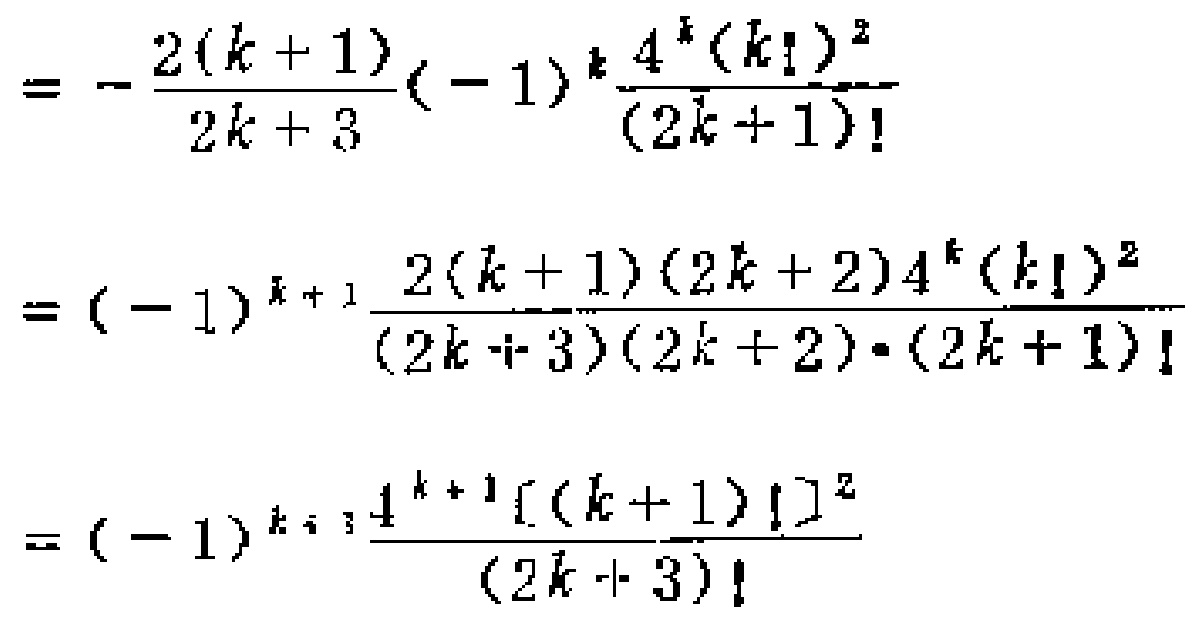
\[

\begin{align*}

&=-\frac{2(k + 1)}{2k+3}(-1)^{k}\frac{4^{k}(k!)^{2}}{(2k + 1)!}\\

&=(-1)^{k + 1}\frac{2(k + 1)(2k + 2)4^{k}(k!)^{2}}{(2k+3)(2k + 2)\cdot(2k + 1)!}\\

&=(-1)^{k + 1}\frac{4^{k + 1}[(k + 1)!]^{2}}{(2k+3)!}

\end{align*}

\]